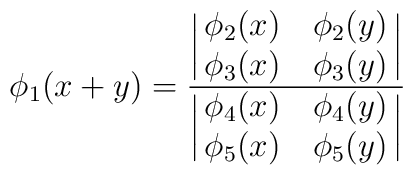
\phi_1(x+y)={ { \biggl|\matrix{\phi_2(x)&\phi_2(y)\cr\phi_3(x)&\phi_3(y)\cr}\biggr|} \over { \biggl|\matrix{\phi_4(x)&\phi_4(y)\cr\phi_5(x)&\phi_5(y)\cr}\biggr|} }